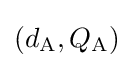
(d_{\text{A}},Q_{\text{A}})